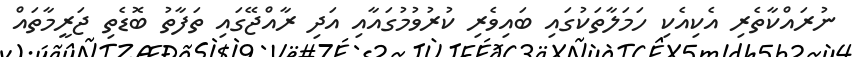
ނުރައްކާތެރި އެކިއެކި ހަމަލާތަކުގައި ބައިވެރި ކުރުވުމުގައާއި އަދި ރާއްޖޭގައި ތަފާތު ބޮޑެތި ޖަރީމާތައް